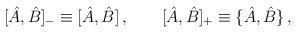
LaTeX: \begin{align*} [ \hat A, \hat B]_- \equiv [ \hat A, \hat B]\, , \qquad [ \hat A, \hat B]_+ \equiv \{ \hat A, \hat B \}\, ,\end{align*}